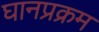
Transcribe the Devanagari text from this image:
घानप्रक्रम